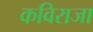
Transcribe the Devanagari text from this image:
कविराजा